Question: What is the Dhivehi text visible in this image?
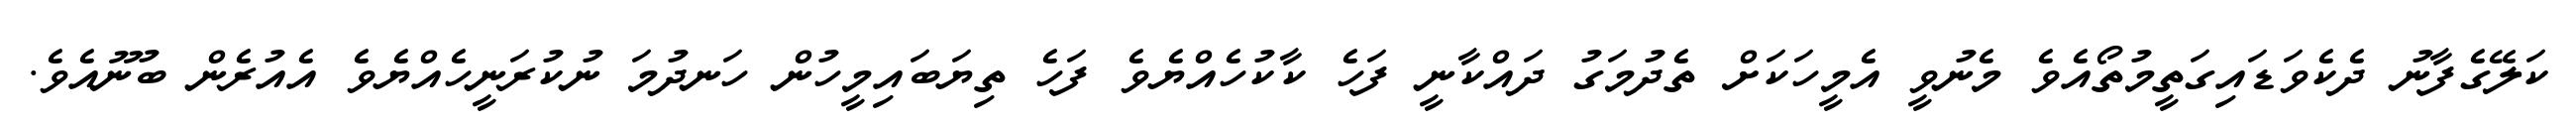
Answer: ކަލޭގެފާނު ދެކެވަޑައިގަތީމުތޯއެވެ މެނުވީ އެމީހަކަށް ތެދުމަގު ދައްކާނީ ފަހެ ކާކުހެއްޔެވެ ފަހެ ތިޔަބައިމީހުން ހަނދުމަ ނުކުރަނީހެއްޔެވެ އެއުރެން ބުނޫއެވެ.